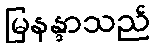
မြနန္ဒာသည်